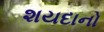
શયદાનો